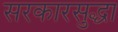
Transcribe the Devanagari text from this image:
सरकारसुद्धा